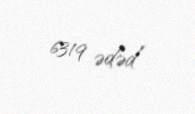
6319 ədəd